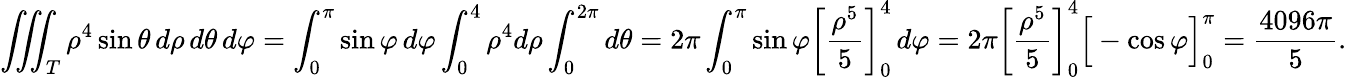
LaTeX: \iiint_{T}\rho^{4}\sin\theta\, d\rho\, d\theta\, d\varphi=\int_{0}^{\pi}\sin\varphi\, d\varphi\int_{0}^{4}\rho^{4}d\rho\int_{0}^{2\pi}d\theta=2\pi\int_{0}^{\pi}\sin\varphi\left[{\frac{\rho^{5}}{5}}\right]_{0}^{4}\, d\varphi=2\pi\left[{\frac{\rho^{5}}{5}}\right]_{0}^{4}{\Big[}-\cos\varphi{\Big]}_{0}^{\pi}={\frac{4096\pi}{5}}.